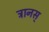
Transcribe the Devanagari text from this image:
त्रानस्